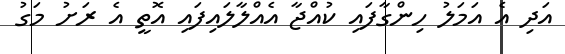
އަދި އެ އަމަލު ހިންގާފައި ކުއްޖާ އެއްލާލައިފައި އޮތީ އެ ރަށު މަގު